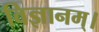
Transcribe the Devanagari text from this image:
विज्ञानम्।